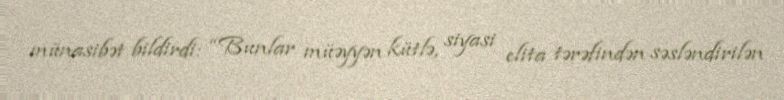
münasibət bildirdi: “Bunlar müəyyən kütlə, siyasi elita tərəfindən səsləndirilən